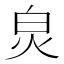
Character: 𤽈